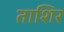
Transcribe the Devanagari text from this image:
ताशिर